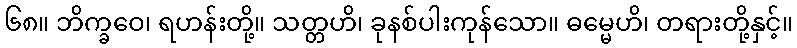
၆၈။ ဘိက္ခဝေ၊ ရဟန်းတို့။ သတ္တဟိ၊ ခုနစ်ပါးကုန်သော။ ဓမ္မေဟိ၊ တရားတို့နှင့်။